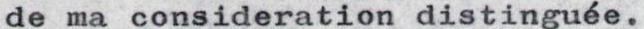
de ma consideration distinguée.